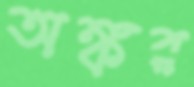
অঙ্কর